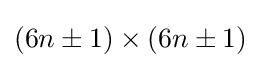
(6n\pm 1)\times (6n\pm 1)